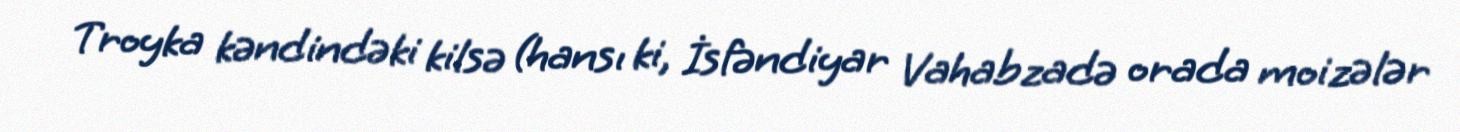
Troyka kəndindəki kilsə (hansı ki, İsfəndiyar Vahabzadə orada moizələr